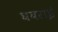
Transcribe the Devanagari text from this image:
घबराईं